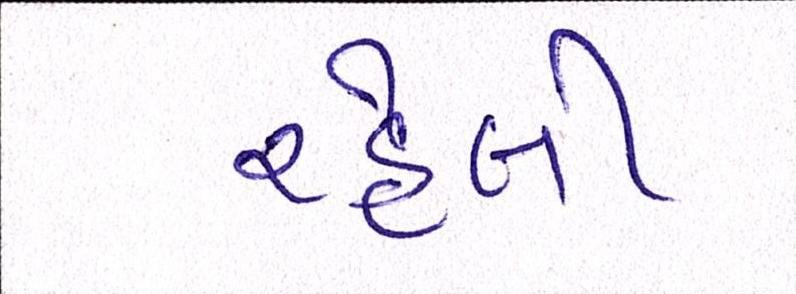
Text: રહેલી